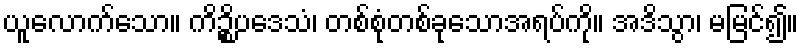
ယူလောက်သော။ ကိဉ္စိပဒေသံ၊ တစ်စုံတစ်ခုသောအရပ်ကို။ အဒိသွာ၊ မမြင်၍။